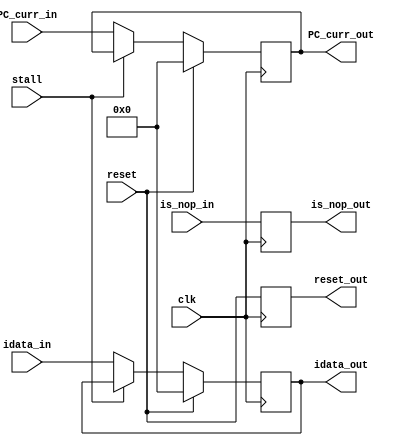
module IF_ID(
  input clk,
  input reset,
  input [31:0] PC_curr_in,
  input [31:0] idata_in,
  input is_nop_in,
  input stall,
  output reset_out,
  output [31:0] PC_curr_out,
  output [31:0] idata_out,
  output is_nop_out  );
reg reset_out;
reg [31:0] PC_curr_out;
reg [31:0] idata_out;
reg is_nop_out;

always @ (posedge clk) begin
  reset_out <= reset;
  is_nop_out <= is_nop_in;
  if (reset) begin
  PC_curr_out <= 0;
  idata_out <= 0;
  end
  else if (!stall) begin      //Stall Routine 1: Disallow writes to IF/ID
  PC_curr_out <= PC_curr_in;
  idata_out <= idata_in;
  end
end
endmodule